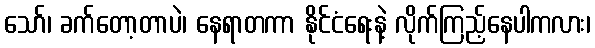
သော်၊ ခက်တော့တာပဲ၊ နေရာတကာ နိုင်ငံရေးနဲ့ လိုက်ကြည့်နေပါကလား၊